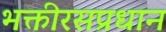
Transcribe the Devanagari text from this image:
भक्तीरसप्रधान